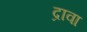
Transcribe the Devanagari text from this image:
द्रावा